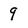
Character: 9